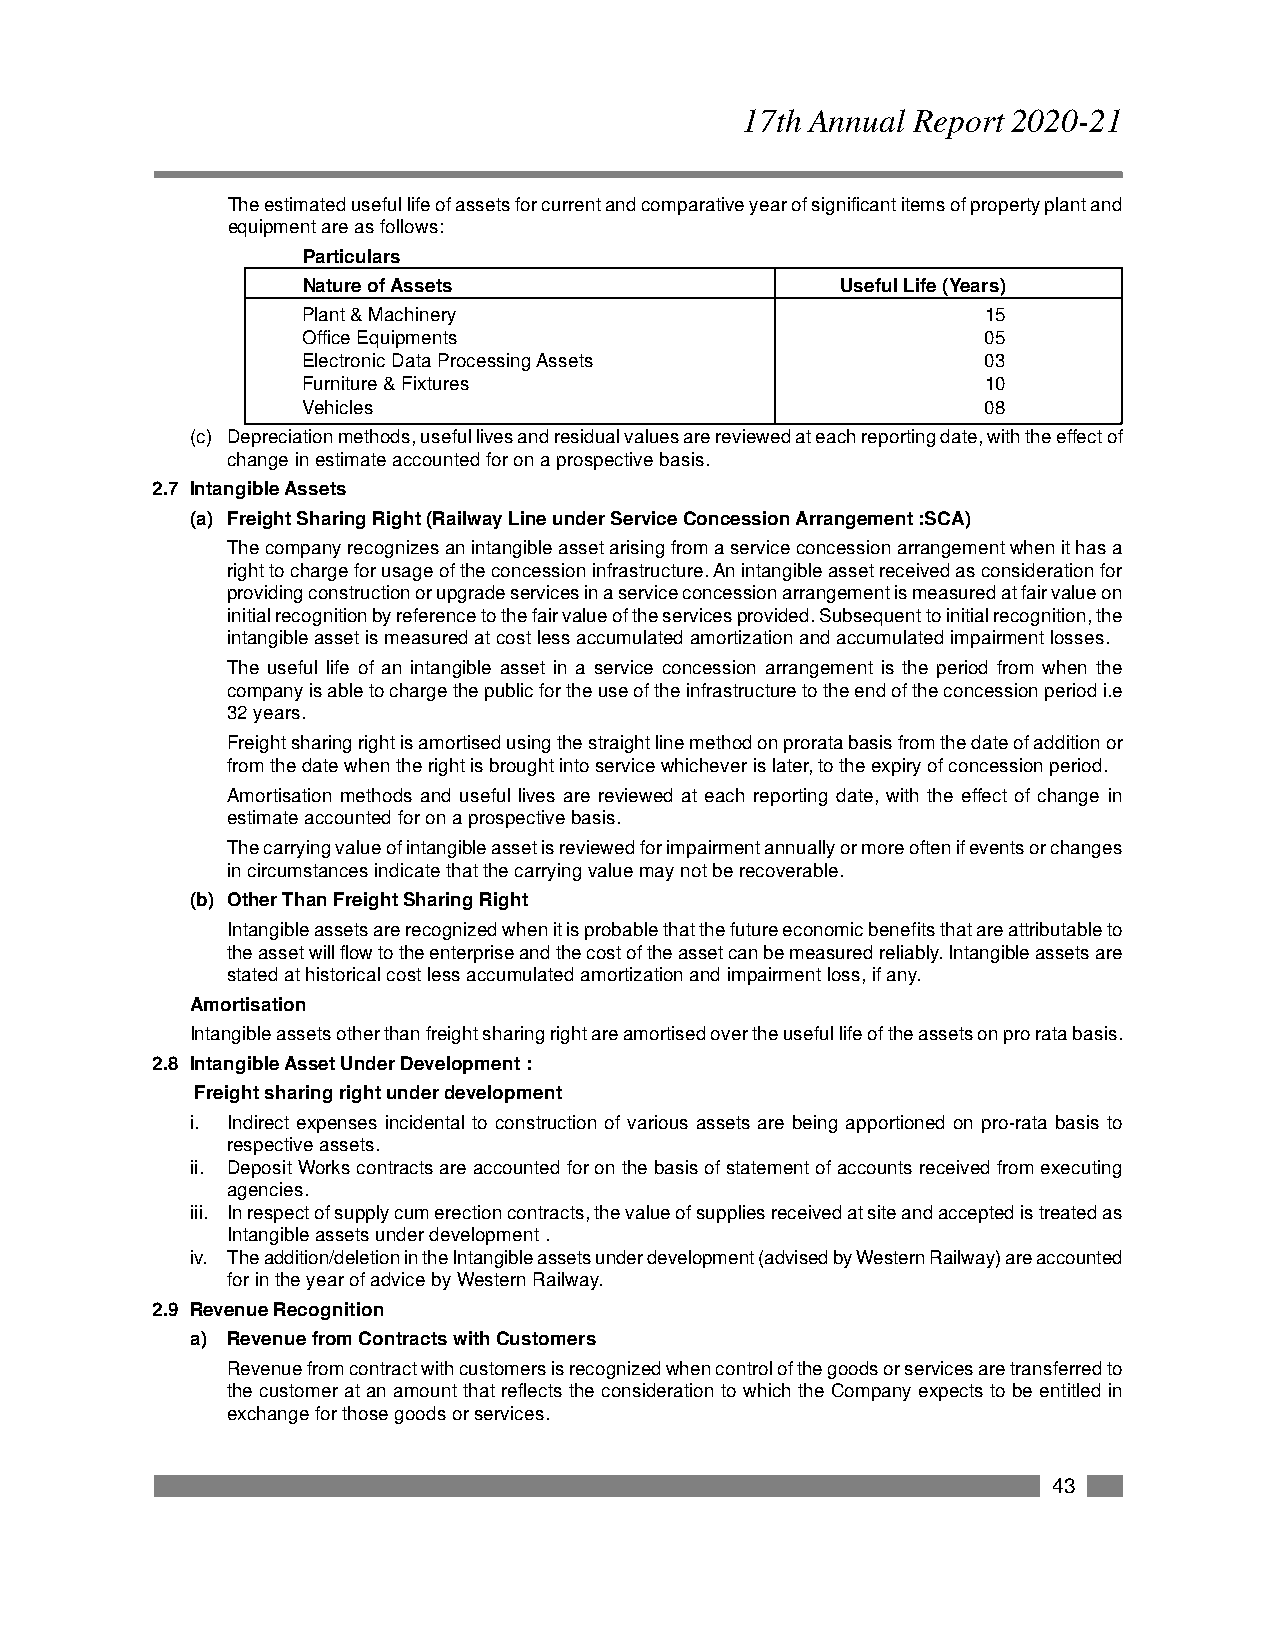
17th Annual Report 2020-21
 The estimated useful life of assets for current and comparative year of significant items of property plant and
 equipment are as follows:
 Particulars
 Nature of Assets                    Useful Life (Years)
 Plant & Machinery                            15
 Office Equipments                            05
 Electronic Data Processing Assets            03
 Furniture & Fixtures                         10
 Vehicles                                     08
 (c) Depreciation methods, useful lives and residual values are reviewed at each reporting date, with the effect of
 change in estimate accounted for on a prospective basis.
 2.7 Intangible Assets
 (a) Freight Sharing Right (Railway Line under Service Concession Arrangement :SCA)
 The company recognizes an intangible asset arising from a service concession arrangement when it has a
 right to charge for usage of the concession infrastructure. An intangible asset received as consideration for
 providing construction or upgrade services in a service concession arrangement is measured at fair value on
 initial recognition by reference to the fair value of the services provided. Subsequent to initial recognition, the
 intangible asset is measured at cost less accumulated amortization and accumulated impairment losses.
 The useful life of an intangible asset in a service concession arrangement is the period from when the
 company is able to charge the public for the use of the infrastructure to the end of the concession period i.e
 32 years.
 Freight sharing right is amortised using the straight line method on prorata basis from the date of addition or
 from the date when the right is brought into service whichever is later, to the expiry of concession period.
 Amortisation methods and useful lives are reviewed at each reporting date, with the effect of change in
 estimate accounted for on a prospective basis.
 The carrying value of intangible asset is reviewed for impairment annually or more often if events or changes
 in circumstances indicate that the carrying value may not be recoverable.
 (b) Other Than Freight Sharing Right
 Intangible assets are recognized when it is probable that the future economic benefits that are attributable to
 the asset will flow to the enterprise and the cost of the asset can be measured reliably. Intangible assets are
 stated at historical cost less accumulated amortization and impairment loss, if any.
 Amortisation
 Intangible assets other than freight sharing right are amortised over the useful life of the assets on pro rata basis.
 2.8 Intangible Asset Under Development :
 Freight sharing right under development
 i. Indirect expenses incidental to construction of various assets are being apportioned on pro-rata basis to
 respective assets.
 ii. Deposit Works contracts are accounted for on the basis of statement of accounts received from executing
 agencies.
 iii. In respect of supply cum erection contracts, the value of supplies received at site and accepted is treated as
 Intangible assets under development .
 iv. The addition/deletion in the Intangible assets under development (advised by Western Railway) are accounted
 for in the year of advice by Western Railway.
 2.9 Revenue Recognition
 a) Revenue from Contracts with Customers
 Revenue from contract with customers is recognized when control of the goods or services are transferred to
 the customer at an amount that reflects the consideration to which the Company expects to be entitled in
 exchange for those goods or services.
 43